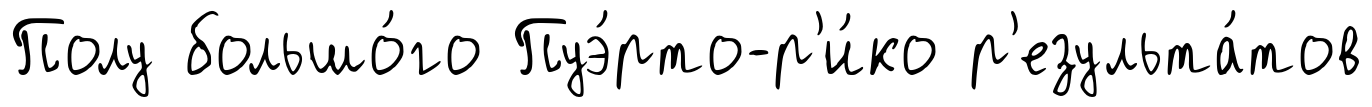
Полу большо́го Пуэ́рто-р'и́ко р'езульта́тов